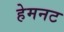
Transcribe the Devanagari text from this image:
हेमनट